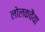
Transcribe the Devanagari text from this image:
लोलकचैया